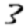
Digit: 3